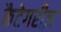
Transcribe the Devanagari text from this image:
कैटेगरीज़